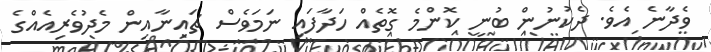
ވެދާނެ އެވެ. ދެކުނުން ބުނީ ކޮންމެ ގޮތެއް ހަދާފައި ނަމަވެސް ޗައިނާއިން މެދުވެރިއެއްގެ